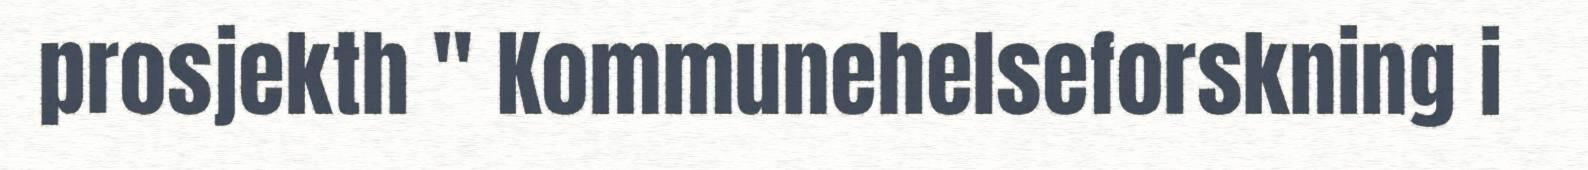
prosjekth " Kommunehelseforskning i